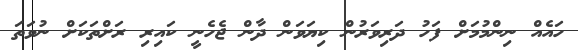
ހައެއް ނިންމުމަށް ފަހު ދަރިވަރުން ކިޔަވަން ދާން ޖެހެނީ ކައިރި ރަށްތަކަށް ނުވަތަ